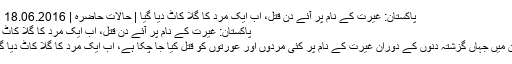
پاکستان: غیرت کے نام پر آئے دن قتل، اب ایک مرد کا گلا کاٹ دیا گیا | حالات حاضرہ | DW | 18.06.2016
پاکستان: غیرت کے نام پر آئے دن قتل، اب ایک مرد کا گلا کاٹ دیا گیا
پاکستان میں جہاں گزشتہ دنوں کے دوران غیرت کے نام پر کئی مردوں اور عورتوں کو قتل کیا جا چکا ہے، اب ایک مرد کا گلا کاٹ دیا گیا ہے۔